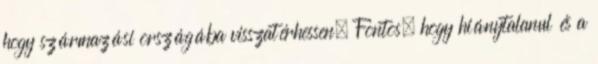
hogy származási országába visszatérhessen. Fontos, hogy hiánytalanul és a